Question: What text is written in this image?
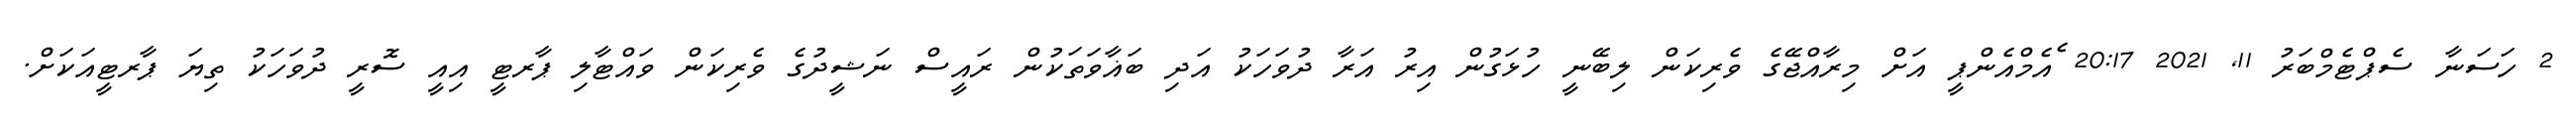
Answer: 2 ހަސަނާ ސެޕްޓެމްބަރު 11, 2021 20:17 ެއެމްއެންޕީ އަށް މިރާއްޖޭގެ ވެރިކަން ލިބޭނީ ހުޅަގުން އިރު އަރާ ދުވަހަކު އަދި ބަޣާވަތަކުން ރައީސް ނަޝީދުގެ ވެރިކަން ވައްޓާލި ޕާރޓީ އިއީ ސޮރީ ދުވަހަކު ތިޔަ ޕާރޓީއަކަށް.